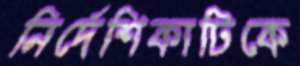
নির্দেশিকাটিকে